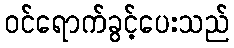
ဝင်ရောက်ခွင့်ပေးသည်